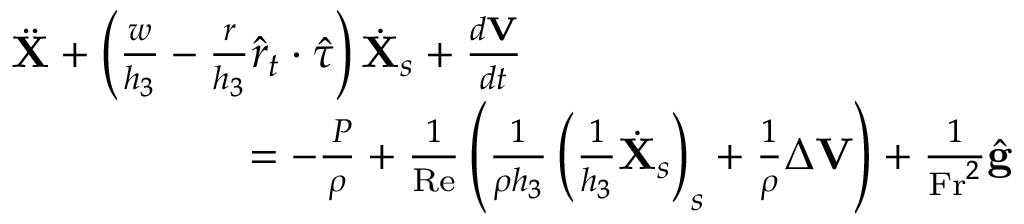
\begin{array} { r } { \ddot { \mathbf { X } } + \left( \frac { w } { h _ { 3 } } - \frac { r } { h _ { 3 } } \hat { r } _ { t } \cdot \hat { \tau } \right) \dot { \mathbf { X } } _ { s } + \frac { d \mathbf { V } } { d t } \quad \quad \quad \quad \quad \quad \quad \quad \quad \quad \quad } \\ { = - \frac { \mathbf { \nabla } P } { \rho } + \frac { 1 } { \mathrm { R e } } \left( \frac { 1 } { \rho h _ { 3 } } \left( \frac { 1 } { h _ { 3 } } \dot { \mathbf { X } } _ { s } \right) _ { s } + \frac { 1 } { \rho } \Delta \mathbf { V } \right) + \frac { 1 } { \mathrm { F r } ^ { 2 } } \hat { \mathbf { g } } } \end{array}